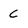
Character: C